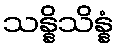
သန္နိသိန္နံ